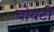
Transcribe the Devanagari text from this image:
चोयटी